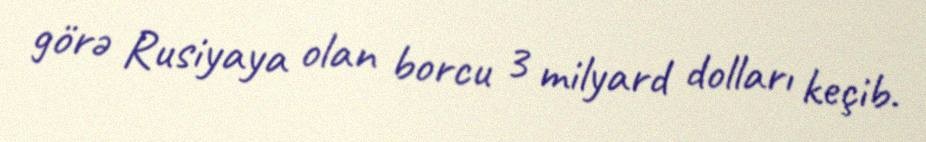
görə Rusiyaya olan borcu 3 milyard dolları keçib.